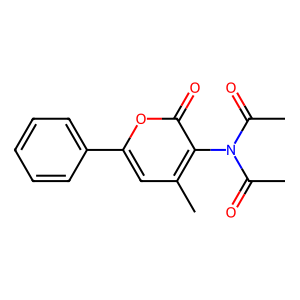
SMILES: CC(=O)N(C(C)=O)c1c(C)cc(-c2ccccc2)oc1=O
Inhibits HIV replication: No